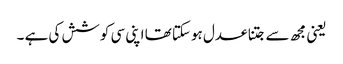
یعنی مجھ سے جتنا عدل ہوسکتا تھا اپنی سی کوشش کی ہے ۔